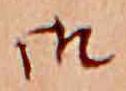
御